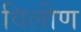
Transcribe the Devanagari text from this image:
विलीण